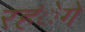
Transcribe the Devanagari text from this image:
रहंेगे